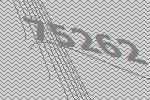
75262